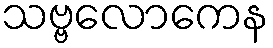
သဗ္ဗလောကေန